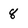
Character: 8